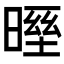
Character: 𣉓